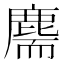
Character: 𪊫